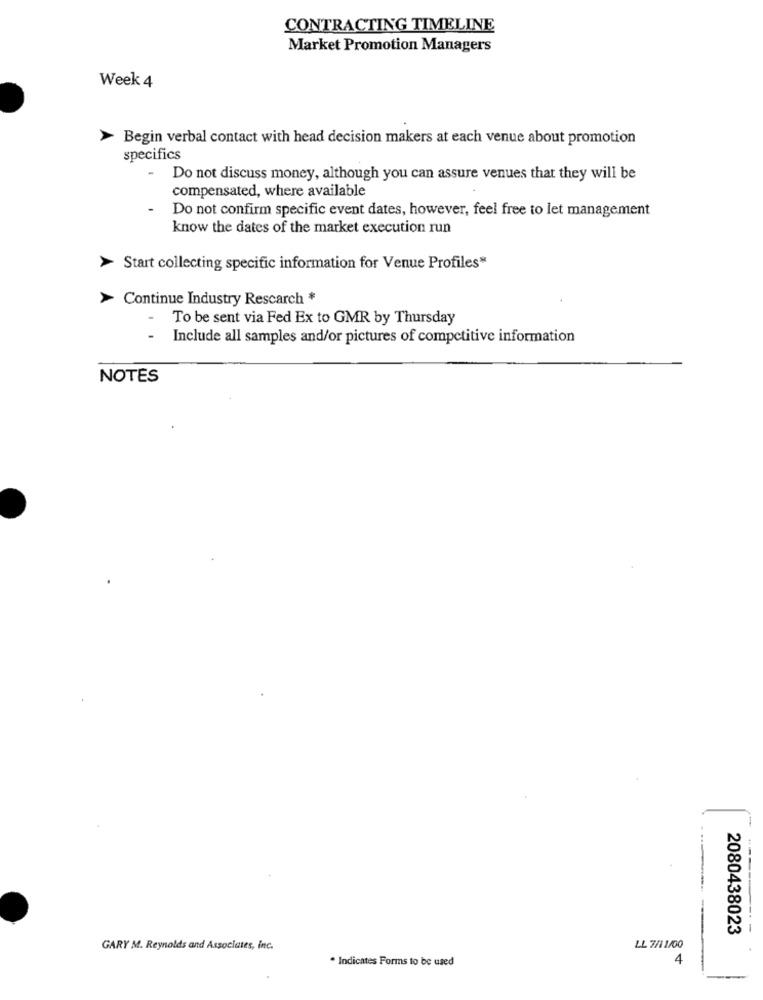
CONTRACTING TIMELINE
Market Promotion Managers
Week 4
Begin verbal contact with head decision makers at each venue about promotion
specifics
-
Do not discuss money, although you can assure venues that they will be
compensated, where available
Do not confirm specific event dates, however, feel free to let management
know the dates of the market execution run
Start collecting specific information for Venue Profiles*
> Continue Industry Rescarch *
-
To be sent via Fed Ex to GMR by Thursday
-
Include all samples and/or pictures of competitive information
NOTES
2080438023
-
GARY M. Reynolds and Associates, inc.
LL 7/11/00
* Indicates Forms to be used
4